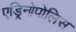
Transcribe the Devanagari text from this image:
एड्रिनोपोलिस